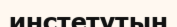
инстетутын